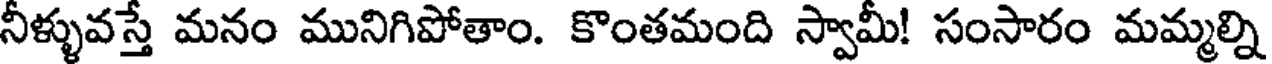
నీళ్ళువస్తే మనం మునిగిపోతాం. కొంతమంది స్వామీ! సంసారం మమ్మల్ని